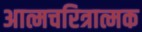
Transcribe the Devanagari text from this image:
अात्मचरित्रात्मक